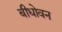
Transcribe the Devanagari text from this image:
बीधोवन